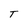
Character: T